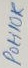
Text: Poti10K